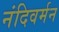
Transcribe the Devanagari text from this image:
नंदिवर्मन